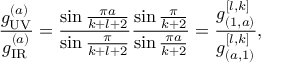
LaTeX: { \frac { g _ { \tiny \mathrm { U V } } ^ { ( a ) } } { g _ { \tiny \mathrm { I R } } ^ { ( a ) } } } = { \frac { \sin { \frac { \pi a } { k + l + 2 } } } { \sin { \frac { \pi } { k + l + 2 } } } } { \frac { \sin { \frac { \pi } { k + 2 } } } { \sin { \frac { \pi a } { k + 2 } } } } = { \frac { g _ { ( 1 , a ) } ^ { [ l , k ] } } { g _ { ( a , 1 ) } ^ { [ l , k ] } } } ,